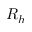
R _ { h }